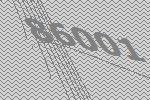
86001